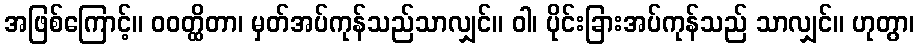
အဖြစ်ကြောင့်။ ဝဝတ္ထိတာ၊ မှတ်အပ်ကုန်သည်သာလျှင်။ ဝါ၊ ပိုင်းခြားအပ်ကုန်သည် သာလျှင်။ ဟုတွာ၊